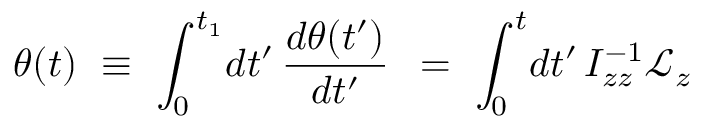
\theta ( t ) \ \equiv \ \int _ { 0 } ^ { t _ { 1 } } \! d t ^ { \prime } \, \frac { d \theta ( t ^ { \prime } ) } { d t ^ { \prime } } \, \ = \ \int _ { 0 } ^ { t } \! d t ^ { \prime } \, I _ { z z } ^ { - 1 } \mathcal L _ { z }